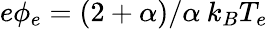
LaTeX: e\phi_{e}=(2+\alpha)/\alpha\: k_{B}T_{e}